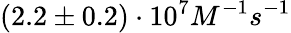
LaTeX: (2.2\pm 0.2)\cdot 10^{7}M^{-1}s^{-1}